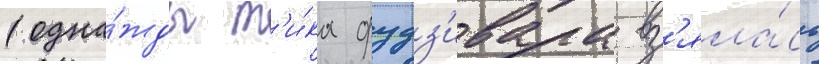
(одна́жды т'и́ка фудз'ивара вз'яла́сь